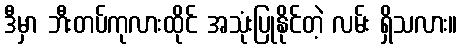
ဒီမှာ ဘီးတပ်ကုလားထိုင် အသုံးပြုနိုင်တဲ့ လမ်း ရှိသလား။